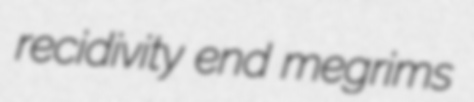
recidivity end megrims